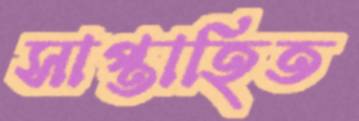
সাপ্তাহিত